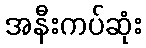
အနီးကပ်ဆုံး